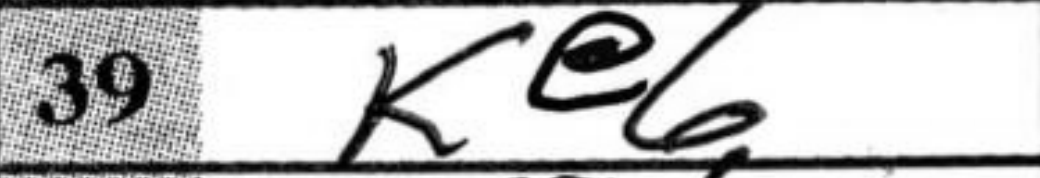
Transcription: Ke6